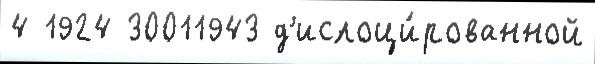
4 1924 30011943 д'ислоци́рованной